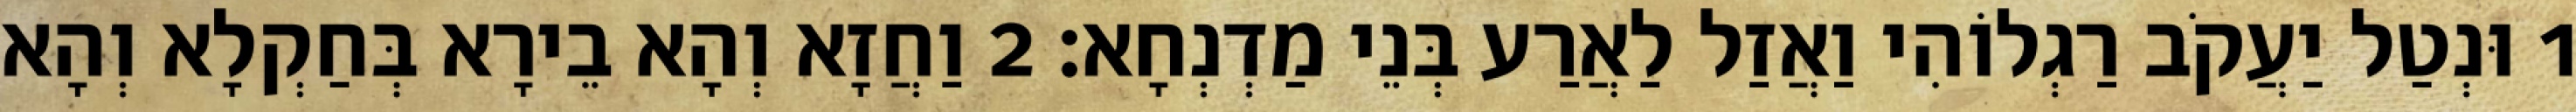
1 וּנְטַל יַעֲקֹב רַגְלוֹהִי וַאֲזַל לַאֲרַע בְּנֵי מַדְנְחָא׃ 2 וַחֲזָא וְהָא בֵירָא בְּחַקְלָא וְהָא